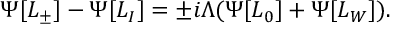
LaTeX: \Psi [ L _ { \pm } ] - \Psi [ L _ { I } ] = \pm i \Lambda ( \Psi [ L _ { 0 } ] + \Psi [ L _ { W } ] ) .